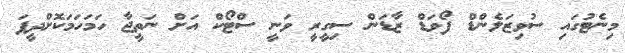
މިނެޓުގައި ސުވިޒަލެންޑް ފޯވަޑް ޒާޑަން ސިގީރީ ވަނީ ސްޓޯކް އަށް ނަތީޖާ ހަމަހަމަކޮށްދީފަ